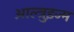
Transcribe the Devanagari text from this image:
आल्त्रुइज्म